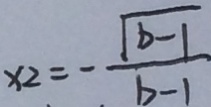
x _ { 2 } = - \frac { \sqrt { b - 1 } } { b - 1 }